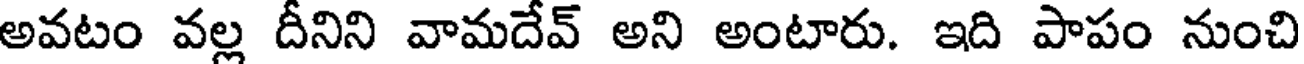
అవటం వల్ల దీనిని వామదేవ్ అని అంటారు. ఇది పాపం నుంచి